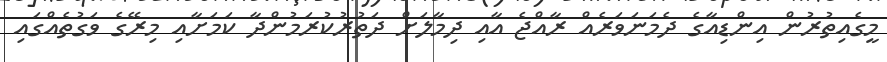
މީގެއިތުރުން އިންޑިއާގެ ދެމަނަވަރެއް ރާއްޖެ އާއި ދިމާލަށް ދަތުރުކުރަމުންދާ ކަމަށާއި މިރޭގެ ވަގުތެއްގައި